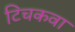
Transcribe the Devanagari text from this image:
टिचकवा